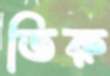
ভিরু